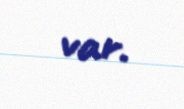
var.